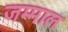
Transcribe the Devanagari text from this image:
जम्माल